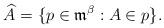
LaTeX: \begin{align*}\widehat{A}=\{p\in\mathfrak{m}^\beta:A\in p\}.\end{align*}